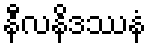
နီလနိဒဿနံ